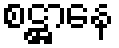
စဋ္ဌာနေ